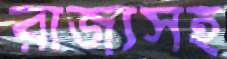
রাজ্যসহ